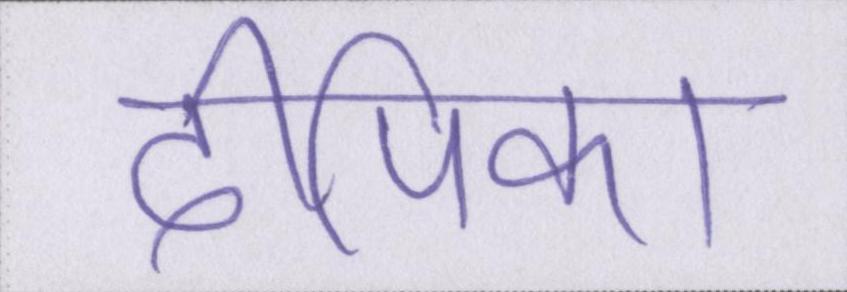
दीपिका